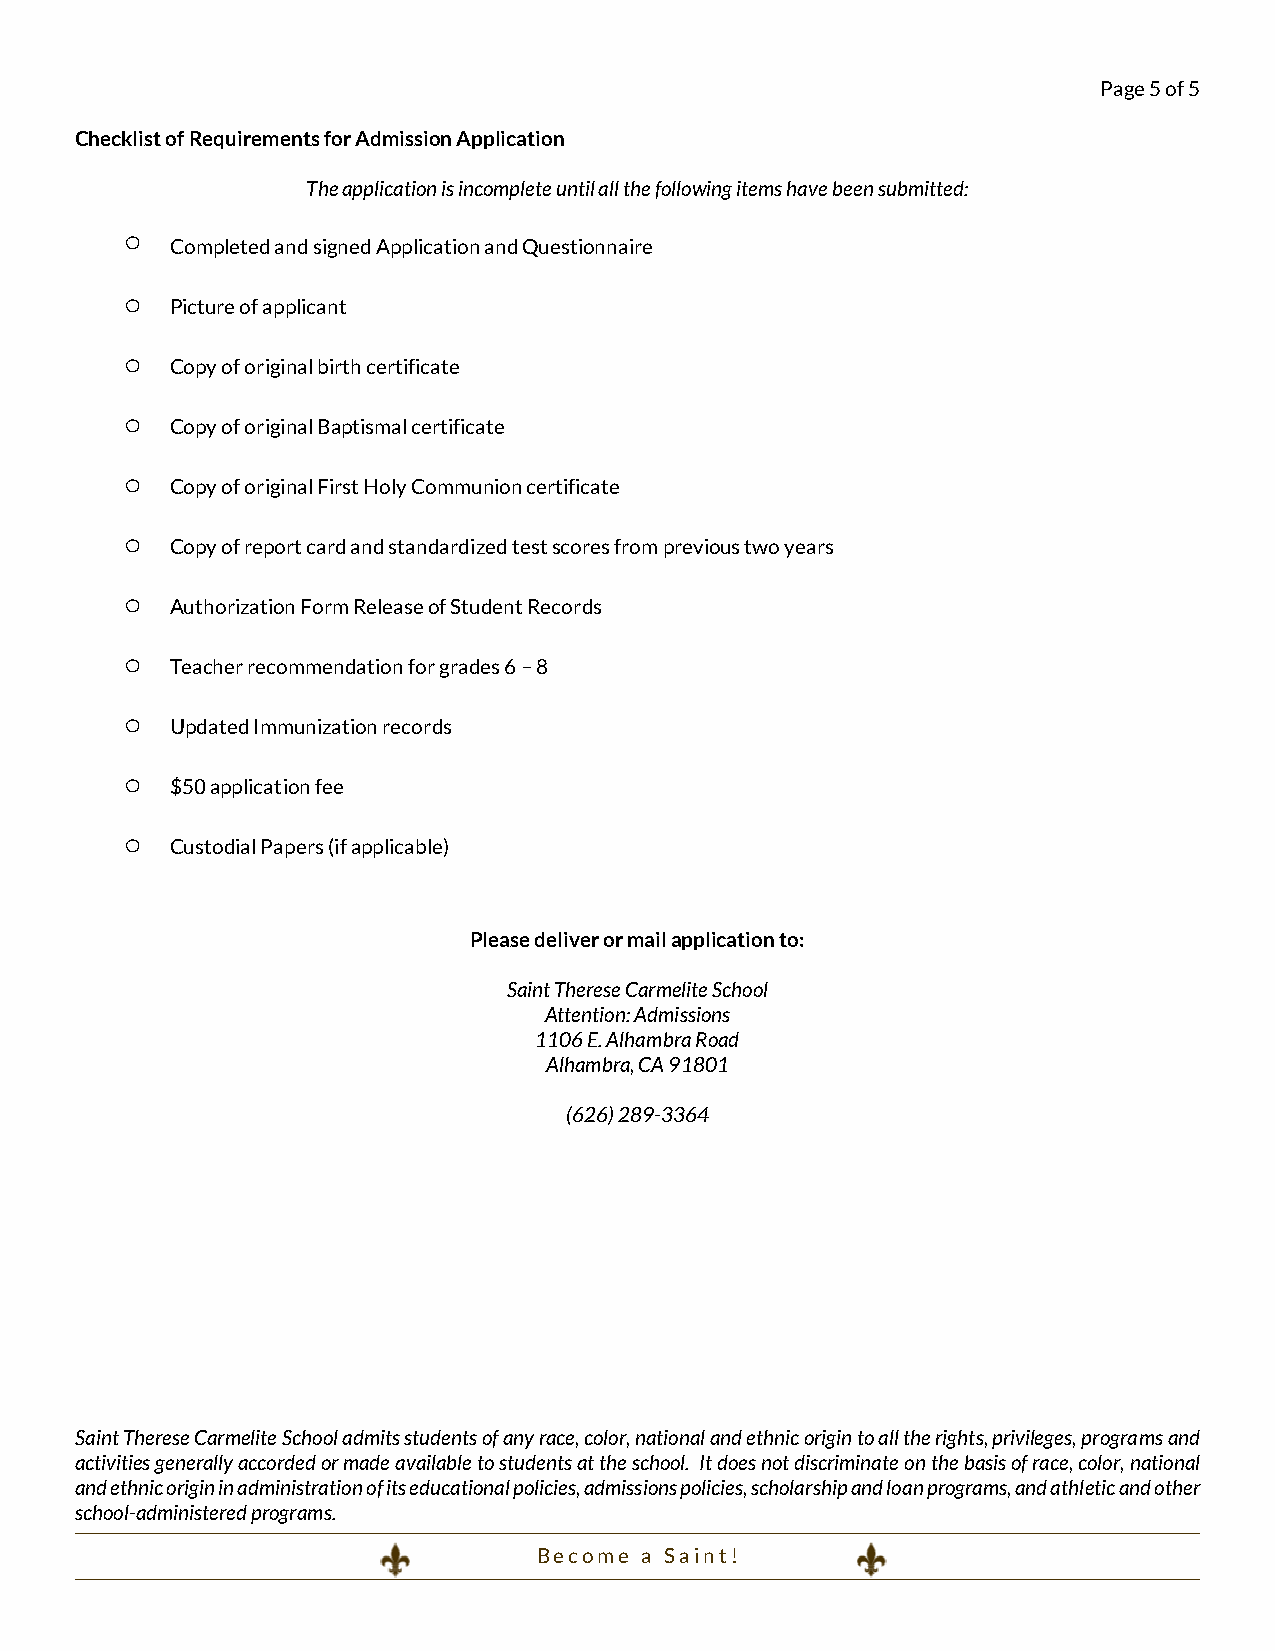
Page 5 of 5
 Checklist of Requirements for Admission Application
 The application is incomplete until all the following items have been submitted:
 o
 Completed and signed Application and Questionnaire
 o
 Picture of applicant
 o
 Copy of original birth certificate
 o
 Copy of original Baptismal certificate
 o
 Copy of original First Holy Communion certificate
 o
 Copy of report card and standardized test scores from previous two years
 o
 Authorization Form Release of Student Records
 o
 Teacher recommendation for grades 6 – 8
 o
 Updated Immunization records
 o
 $50 application fee
 o
 Custodial Papers (if applicable)
 Please deliver or mail application to:
 Saint Therese Carmelite School
 Attention: Admissions
 1106 E. Alhambra Road
 Alhambra, CA 91801
 (626) 289-3364
 Saint Therese Carmelite School admits students of any race, color, national and ethnic origin to all the rights, privileges, programs and
 activities generally accorded or made available to students at the school. It does not discriminate on the basis of race, color, national
 and ethnic origin in administration of its educational policies, admissions policies, scholarship and loan programs, and athletic and other
 school-administered programs.
 B e c o m e a S a i n t !